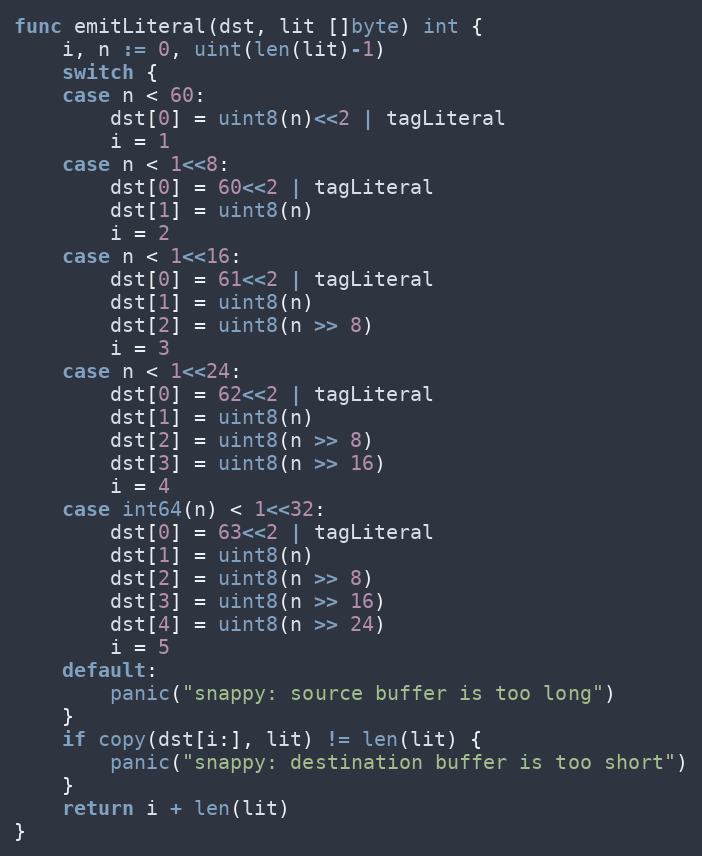
Language: Go
func emitLiteral(dst, lit []byte) int {
	i, n := 0, uint(len(lit)-1)
	switch {
	case n < 60:
		dst[0] = uint8(n)<<2 | tagLiteral
		i = 1
	case n < 1<<8:
		dst[0] = 60<<2 | tagLiteral
		dst[1] = uint8(n)
		i = 2
	case n < 1<<16:
		dst[0] = 61<<2 | tagLiteral
		dst[1] = uint8(n)
		dst[2] = uint8(n >> 8)
		i = 3
	case n < 1<<24:
		dst[0] = 62<<2 | tagLiteral
		dst[1] = uint8(n)
		dst[2] = uint8(n >> 8)
		dst[3] = uint8(n >> 16)
		i = 4
	case int64(n) < 1<<32:
		dst[0] = 63<<2 | tagLiteral
		dst[1] = uint8(n)
		dst[2] = uint8(n >> 8)
		dst[3] = uint8(n >> 16)
		dst[4] = uint8(n >> 24)
		i = 5
	default:
		panic("snappy: source buffer is too long")
	}
	if copy(dst[i:], lit) != len(lit) {
		panic("snappy: destination buffer is too short")
	}
	return i + len(lit)
}